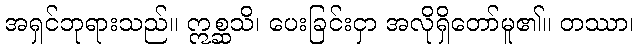
အရှင်ဘုရားသည်။ ဣစ္ဆသိ၊ ပေးခြင်းငှာ အလိုရှိတော်မူ၏။ တဿာ၊